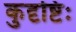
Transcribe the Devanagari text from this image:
कुदृष्टिः